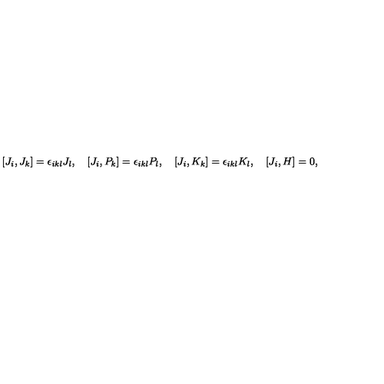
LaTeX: [ J _ { i } , J _ { k } ] = \epsilon _ { i k l } J _ { l } , \quad [ J _ { i } , P _ { k } ] = \epsilon _ { i k l } P _ { l } , \quad [ J _ { i } , K _ { k } ] = \epsilon _ { i k l } K _ { l } , \quad [ J _ { i } , H ] = 0 ,